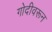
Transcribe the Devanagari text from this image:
गोदीवरून